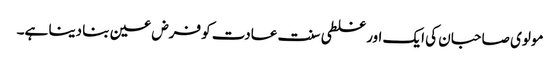
مولوی صاحبان کی ایک اور غلطی سنت عادت کو فرض عین بنا دینا ہے۔